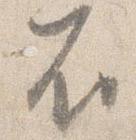
不